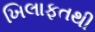
ખિલાફતથી